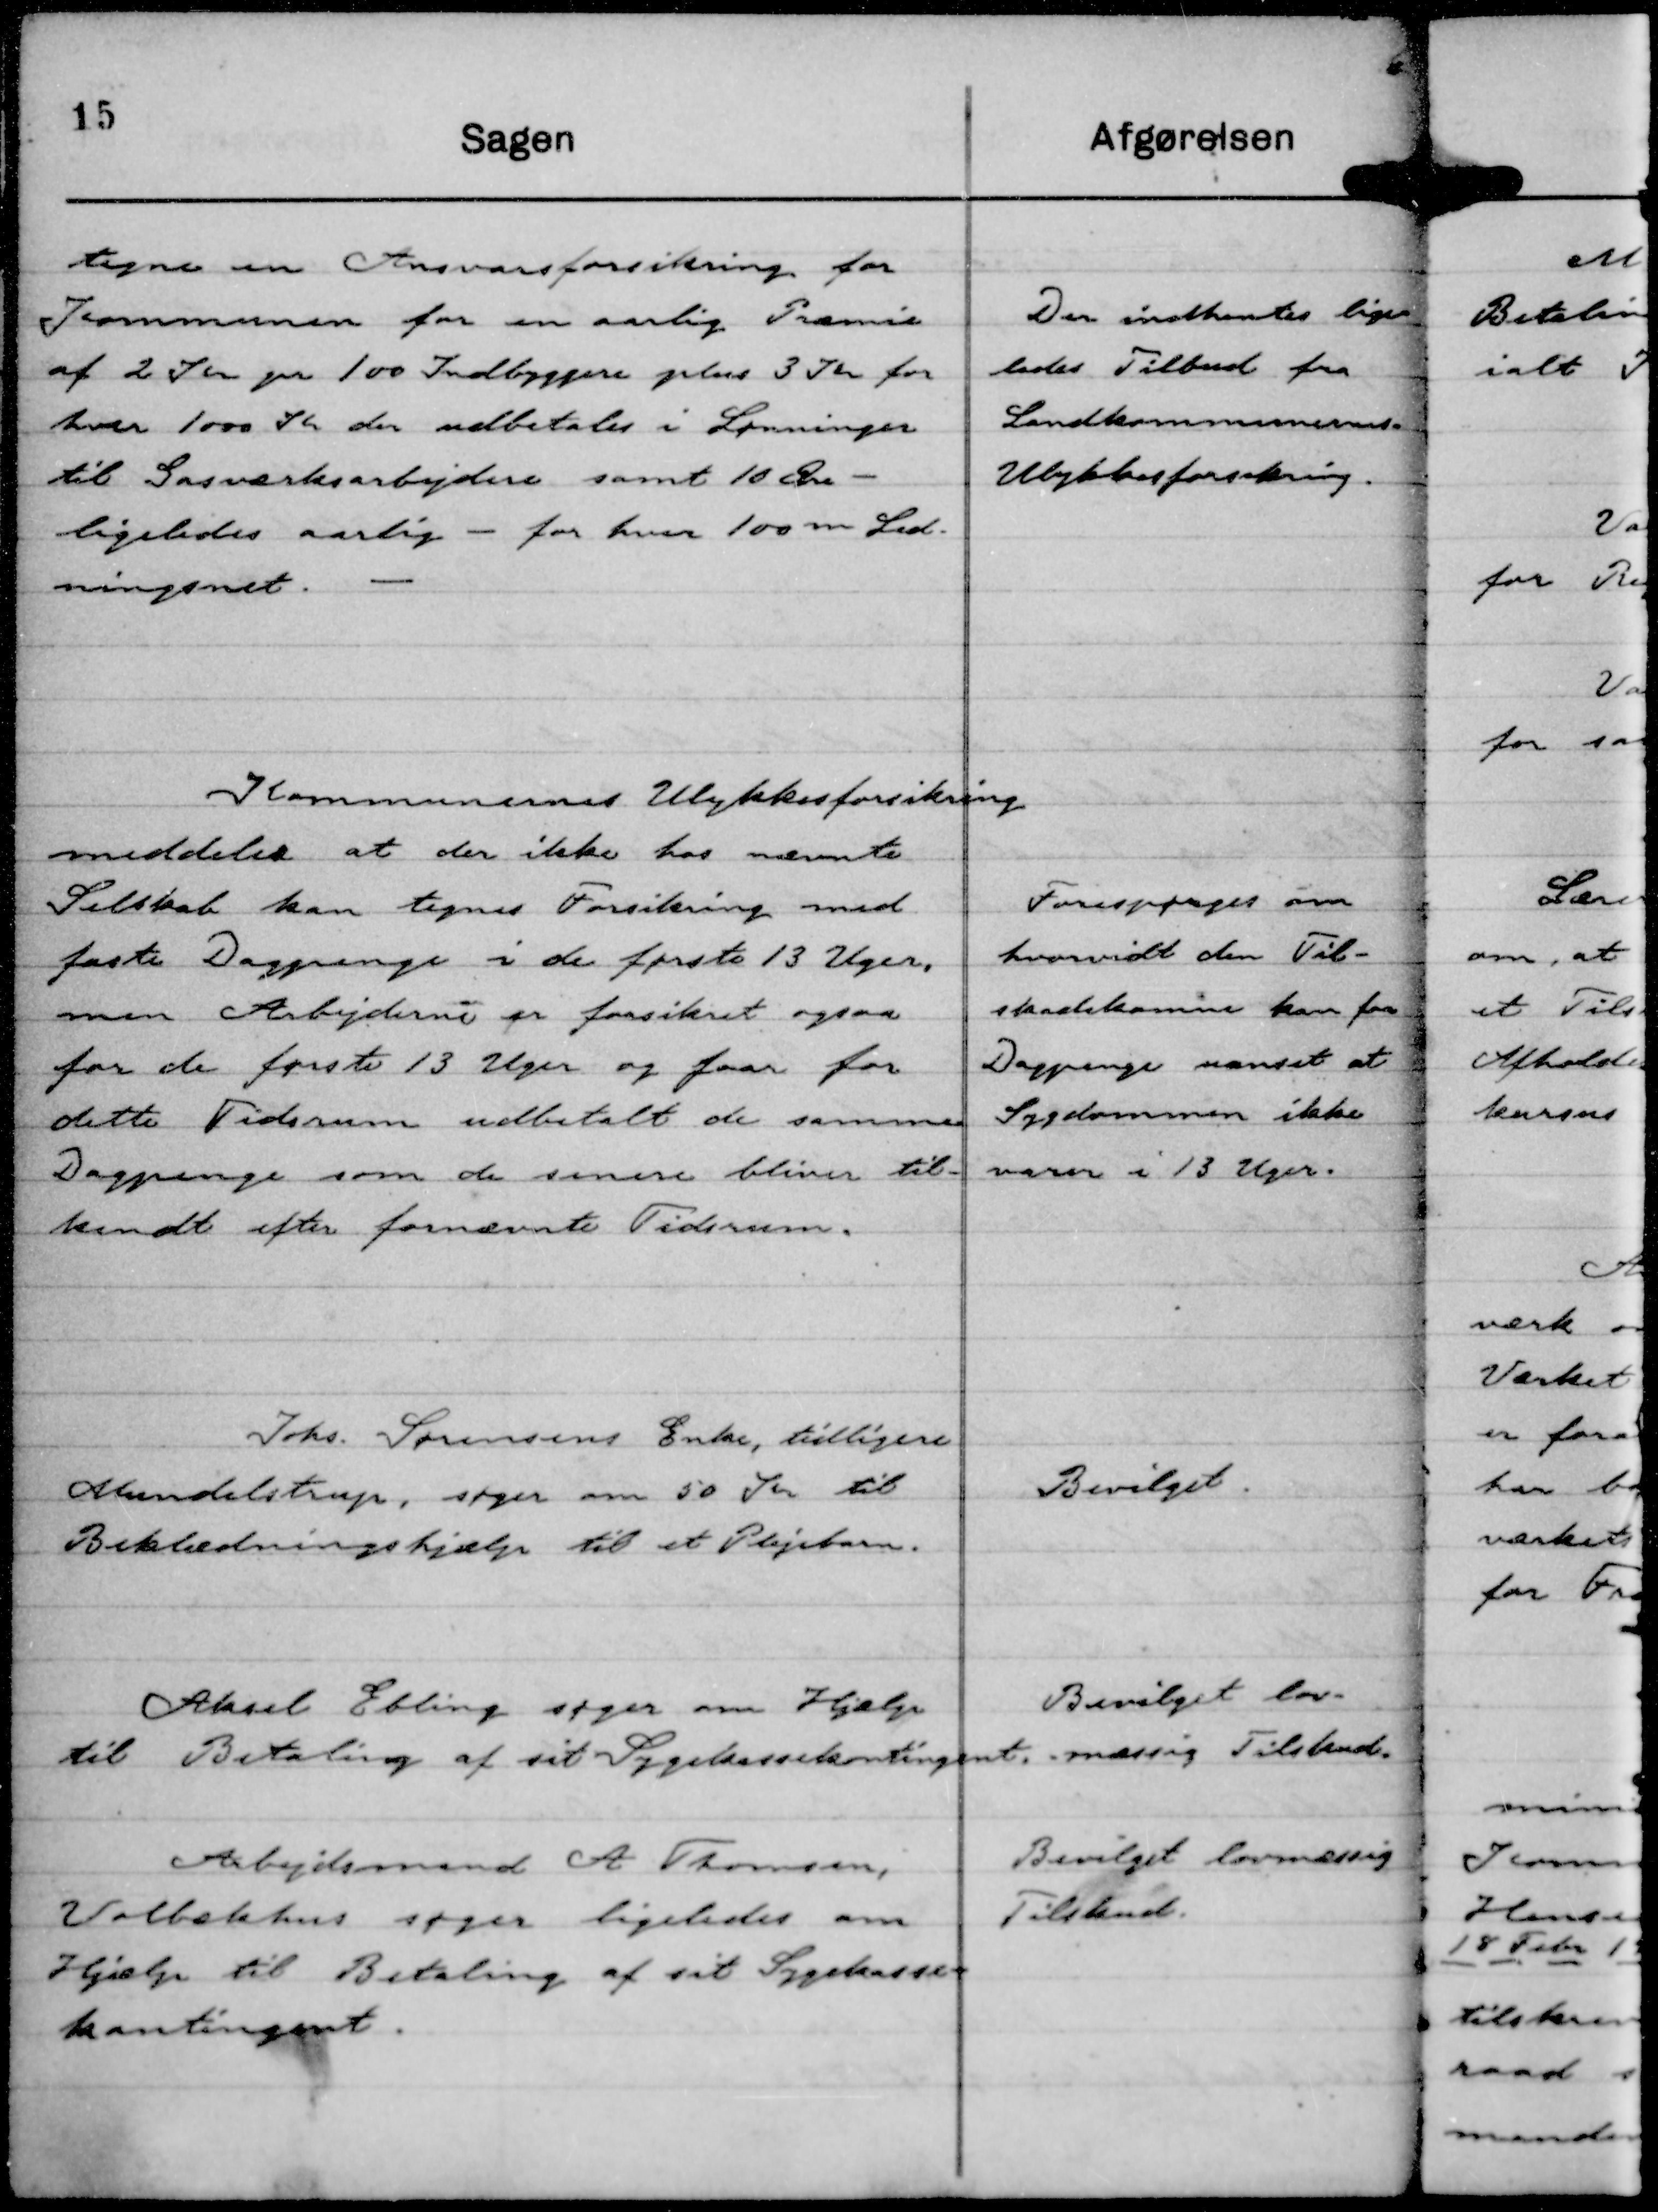
Transskription:
tegne en Ansvarsforsikring for
Kommunen for en aarlig Præmie
af 2 Kr pr 100 Indbyggere plus 3 Kr for
hver 1000 Kr der udbetales i Lønninger
til Gasværksarbejdere samt 10 Øre -
ligeledes aarlig - for hver 100 m Led-
ningsnet.

Der indhentes lige-
ledes Tilbud fra
Landkommunernes -
Ulykkesforsikring.

Kommunernes Ulykkesforsikring
meddeler at der ikke hos nævnte
Selskab kan tegnes Forsikring med
faste Dagpenge i de første 13 Uger,
men Arbejderne er forsikret ogsaa
for de første 13 Uger og faar for
dette Tidsrum udbetalt de samme
Dagpenge som de senere bliver til-
kendt efter førnævnte Tidsrum.

Forespørges om
hvorvidt den Til-
skadekomne kan faa
Dagpenge uanset at
Sygdommen ikke
varer i 13 Uger.

Johs. Sørensens Enke, tidligere
Mundelstrup, søger om 50 Kr til
Beklædningshjælp til et Plejebarn.

Bevilget

Aksel Ebling søger om Hjælp
til Betaling af sit Sygekassekontingent.

Bevilget lov-
-mæssig Tilskud.

Arbejdsmand A Thomsen,
Volbækhus søger ligeledes om
Hjælp til Betaling af sit Sygekasse-
kontingent.

Bevilget lovmæssig
Tilskud.